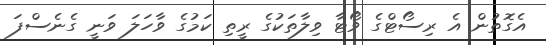
އެގޮތުން އެ ރިސޯޓްގެ ވޯޓާ ވިލާތަކުގެ ރީތި ކަަމުގެ ވާހަލަ ވަނީ ގެނެސްފަ